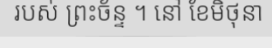
របស់ ព្រះច័ន្ទ ។ នៅ ខែមិថុនា